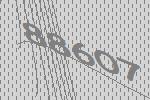
88607